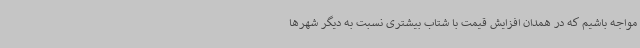
مواجه باشیم که در همدان افزایش قیمت با شتاب بیشتری نسبت به دیگر شهرها